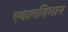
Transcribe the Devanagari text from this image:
एकलविमान